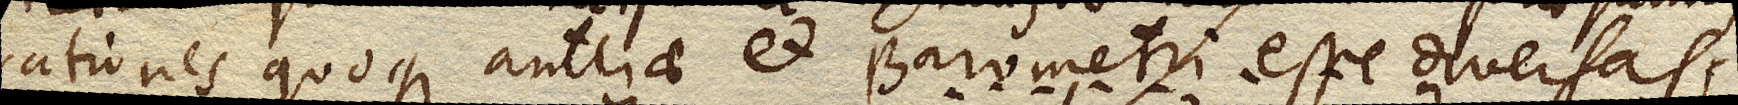
rationes quoque Antliae et Barometri esse diversas,